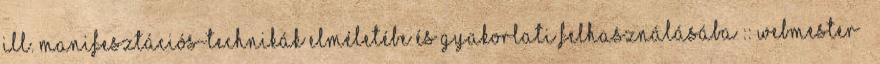
ill. Manifesztációs-technikák elméletébe és gyakorlati felhasználásába :: Webmester